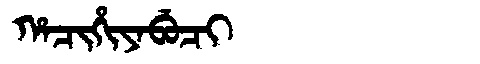
Manchu: ᡥᠠᠴᡳᡥᡳᠶᠠᠪᡠᠴᡳ
Romanization: HACIHIYABUCI